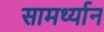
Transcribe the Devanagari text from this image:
सामर्थ्‍यान